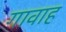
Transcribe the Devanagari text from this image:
गावाह